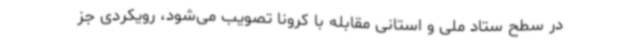
در سطح ستاد ملی و استانی مقابله با کرونا تصویب می‌شود، رویکردی جز